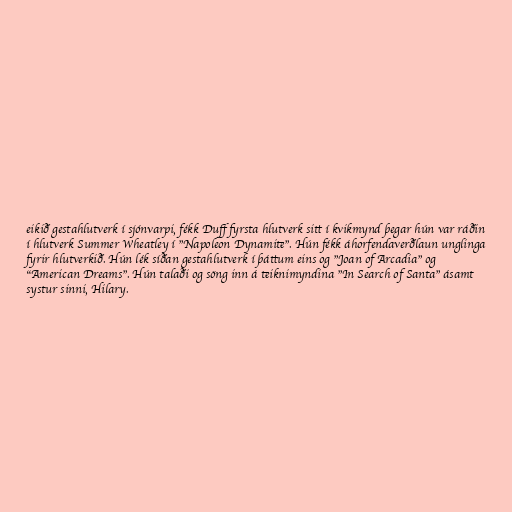
eikið gestahlutverk í sjónvarpi, fékk Duff fyrsta hlutverk sitt í kvikmynd þegar hún var ráðin
í hlutverk Summer Wheatley í "Napoleon Dynamite". Hún fékk áhorfendaverðlaun unglinga
fyrir hlutverkið. Hún lék síðan gestahlutverk í þáttum eins og "Joan of Arcadia" og
"American Dreams". Hún talaði og söng inn á teiknimyndina "In Search of Santa" ásamt
systur sinni, Hilary.